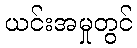
ယင်းအမှုတွင်